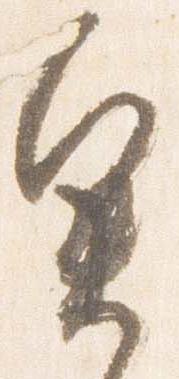
奥